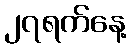
၂၇ရက်နေ့